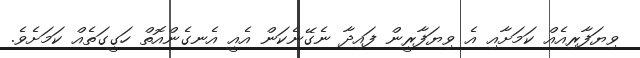
ވިޔަފާރިއެއް ކަމަށާއި އެ ވިޔަފާރީން ފައިދާ ނެގޭނެކަން އެއީ އެނގެންއޮތް ހަގީގަތެއް ކަމަށެވެ.